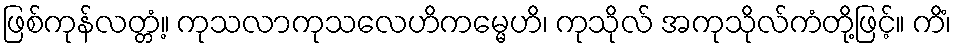
ဖြစ်ကုန်လတ္တံ့။ ကုသလာကုသလေဟိကမ္မေဟိ၊ ကုသိုလ် အကုသိုလ်ကံတို့ဖြင့်။ ကိံ၊